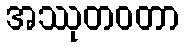
အဿုတဝတာ